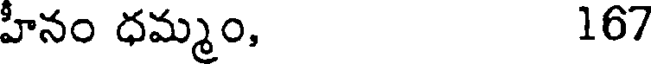
హీనం ధమ్మం, 167